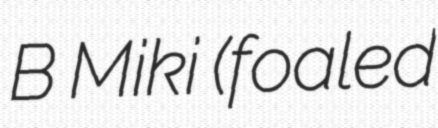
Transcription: B Miki (foaled